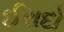
ઈરાદો